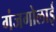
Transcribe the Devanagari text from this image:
गंजगोलाई